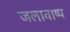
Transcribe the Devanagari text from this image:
जलावाष्प